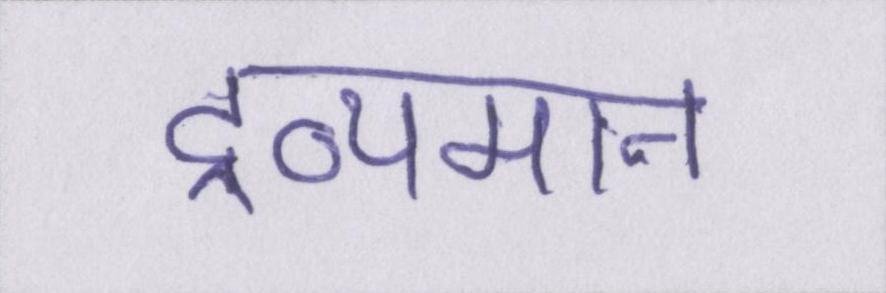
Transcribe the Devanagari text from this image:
द्रव्यमान